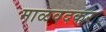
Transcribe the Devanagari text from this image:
माळवदकर